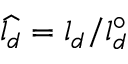
\widehat { l _ { d } } = l _ { d } / l _ { d } ^ { \circ }